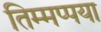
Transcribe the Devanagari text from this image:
तिम्मप्पया